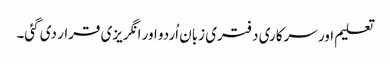
تعلیم اور سرکاری دفتری زبان اُردو اور انگریزی قرار دی گئی۔